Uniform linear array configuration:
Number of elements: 4
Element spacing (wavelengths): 0.25
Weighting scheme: cosine
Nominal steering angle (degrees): -60
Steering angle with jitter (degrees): -60.645
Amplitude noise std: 0.05
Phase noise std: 0.05

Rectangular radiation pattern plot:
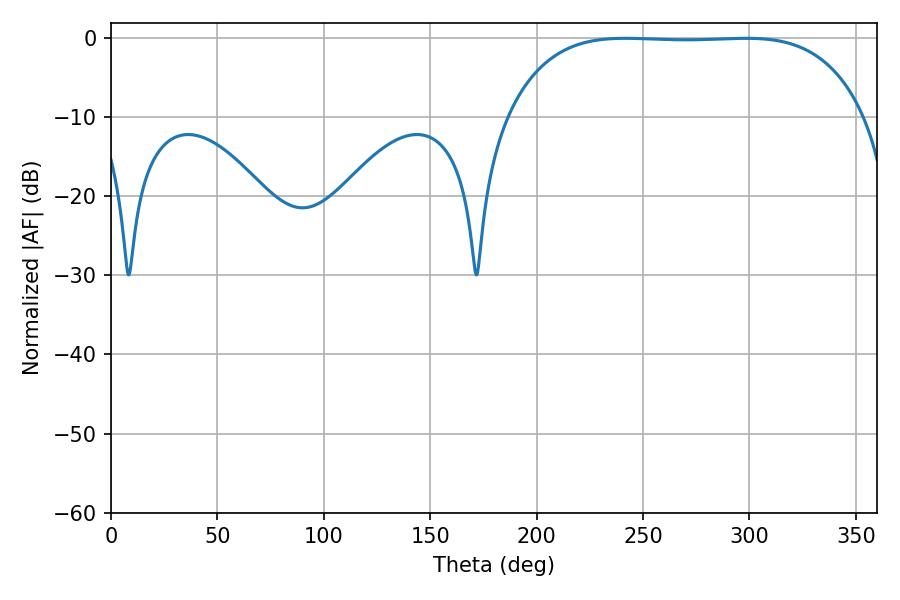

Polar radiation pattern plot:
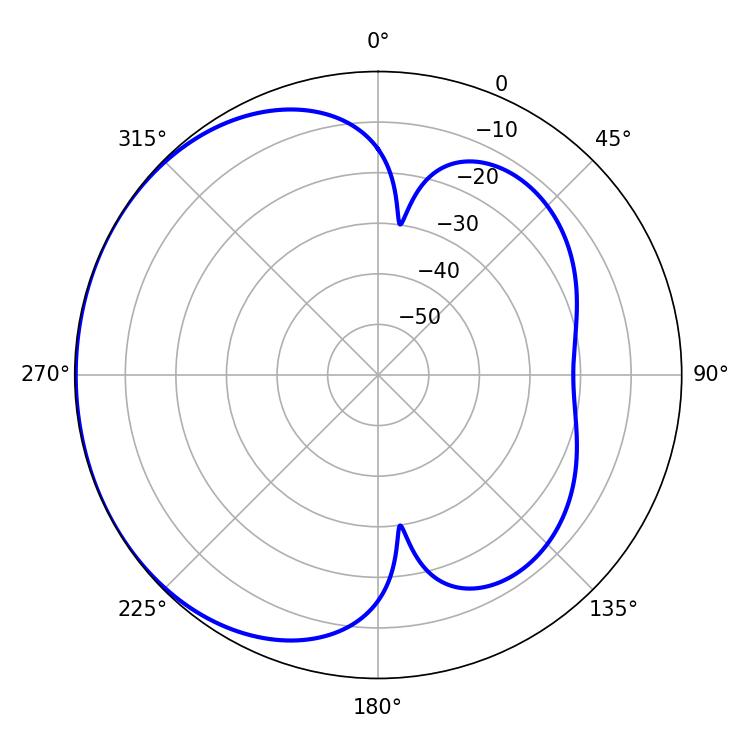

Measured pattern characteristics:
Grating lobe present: FALSE
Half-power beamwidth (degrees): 130.68
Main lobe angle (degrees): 241.56